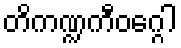
တိကဏ္ဍကီဝဂ္ဂေါ